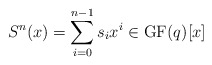
\begin{align*}S^n(x)=\sum_{i=0}^{n-1}s_ix^i\in \mathrm{GF}(q)[x]\end{align*}